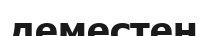
деместен